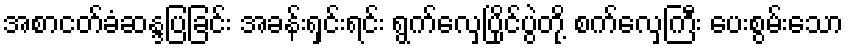
အစာငတ်ခံဆန္ဒပြခြင်း အခန်းရှင်းရင်း ရွက်လှေပြိုင်ပွဲတို့ စက်လှေကြီး ပေးစွမ်းသော